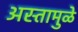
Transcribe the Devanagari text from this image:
अस्तामुळे